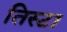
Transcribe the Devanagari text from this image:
तिस्टा